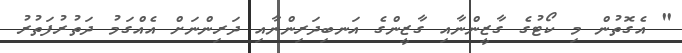
" އެގޮތުން މި ކޯޓުގެ ގާޒީންނާއި ގާޒީންގެ އަނބިދަރިންނާއި ދަރިންނަށް އެއްގަމު ދަތުރުފަތުރު